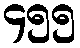
၄၅၅